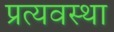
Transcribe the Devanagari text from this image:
प्रत्यवस्था